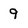
Character: 9